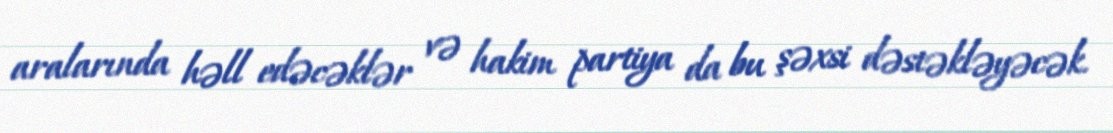
aralarında həll edəcəklər və hakim partiya da bu şəxsi dəstəkləyəcək.